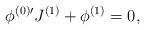
LaTeX: \begin{align*}\phi^{(0)\prime}J^{(1)}+\phi^{(1)}=0, \\\end{align*}